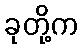
ခုတို့က